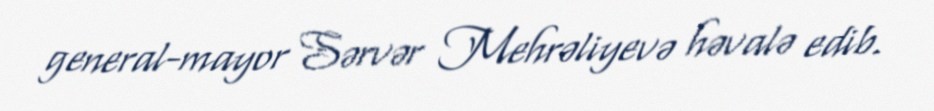
general-mayor Sərvər Mehrəliyevə həvalə edib.